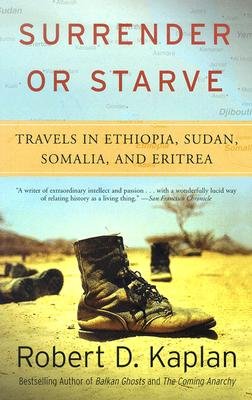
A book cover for Surrender or Starve: Travels in Ethiopia, Sudan, Somalia, and Eritrea [Paperback]; Robert D.'(Author) Kaplan; Travel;